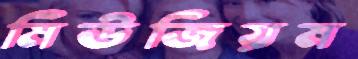
মিউজিয়ম